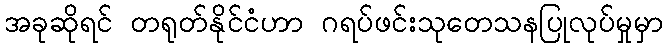
အခုဆိုရင် တရုတ်နိုင်ငံဟာ ဂရပ်ဖင်းသုတေသနပြုလုပ်မှုမှာ